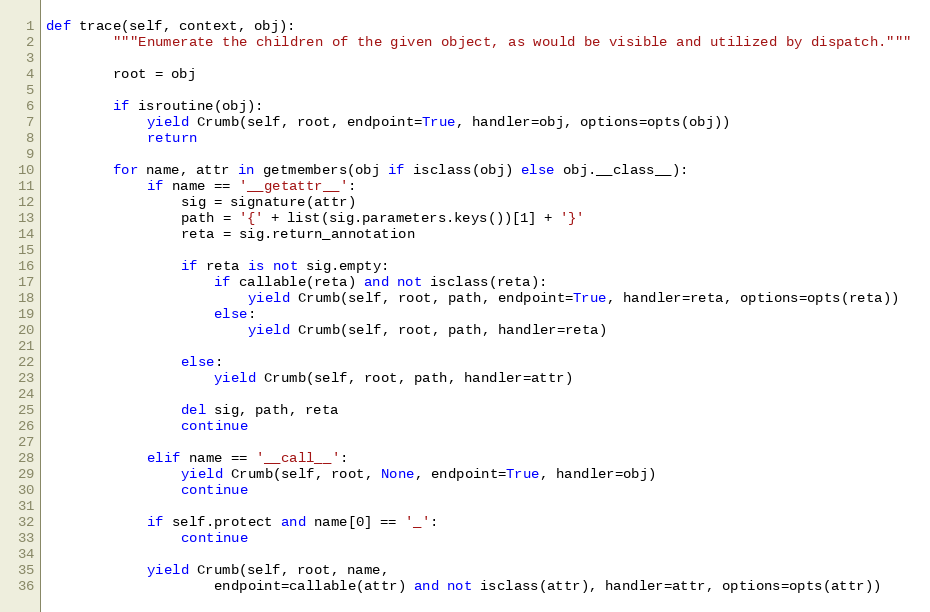
Language: Python
def trace(self, context, obj):
		"""Enumerate the children of the given object, as would be visible and utilized by dispatch."""

		root = obj

		if isroutine(obj):
			yield Crumb(self, root, endpoint=True, handler=obj, options=opts(obj))
			return

		for name, attr in getmembers(obj if isclass(obj) else obj.__class__):
			if name == '__getattr__':
				sig = signature(attr)
				path = '{' + list(sig.parameters.keys())[1] + '}'
				reta = sig.return_annotation

				if reta is not sig.empty:
					if callable(reta) and not isclass(reta):
						yield Crumb(self, root, path, endpoint=True, handler=reta, options=opts(reta))
					else:
						yield Crumb(self, root, path, handler=reta)

				else:
					yield Crumb(self, root, path, handler=attr)

				del sig, path, reta
				continue

			elif name == '__call__':
				yield Crumb(self, root, None, endpoint=True, handler=obj)
				continue

			if self.protect and name[0] == '_':
				continue

			yield Crumb(self, root, name,
					endpoint=callable(attr) and not isclass(attr), handler=attr, options=opts(attr))